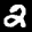
Digit: 2